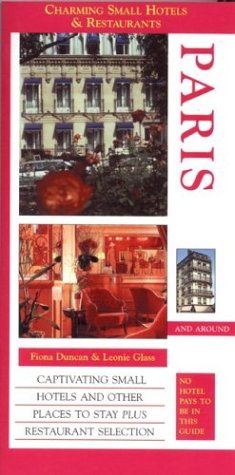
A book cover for Charming Small Hotels in Paris (Charming Small Hotel Guides Paris); Travel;